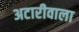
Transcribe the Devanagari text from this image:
अटारीवाला